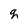
Character: q